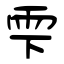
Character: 雫